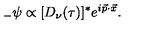
{ } _ { - } \psi \propto [ D _ { \nu } ( \tau ) ] ^ { * } e ^ { i \vec { p } \cdot \vec { x } } .